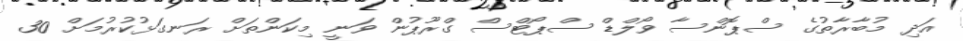
އަދި މުބާރާތުގެ ސްޕޮންސާ ވޯލްޑް ސްޕޯޓްސް ގްރޫޕުން ވަނީ މިކަންތަށް ރަނގަޅުކުރުމަށް 30